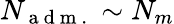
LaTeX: N_{\mathrm{~a~d~m~.~}}\sim N_{m}